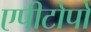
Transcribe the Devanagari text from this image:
एपीटोपों